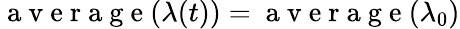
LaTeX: \mathrm{~a~v~e~r~a~g~e~}(\lambda(t))=\mathrm{~a~v~e~r~a~g~e~}(\lambda_{0})